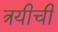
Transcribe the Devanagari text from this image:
त्रयीची